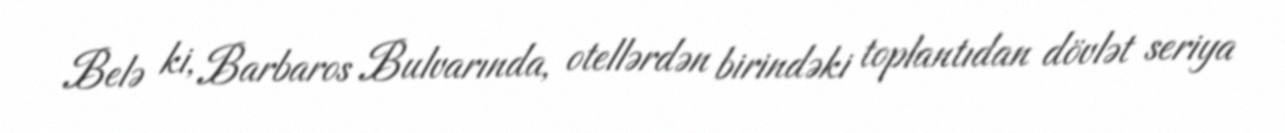
Belə ki, Barbaros Bulvarında, otellərdən birindəki toplantıdan dövlət seriya